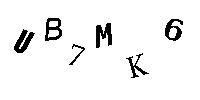
UB7MK6